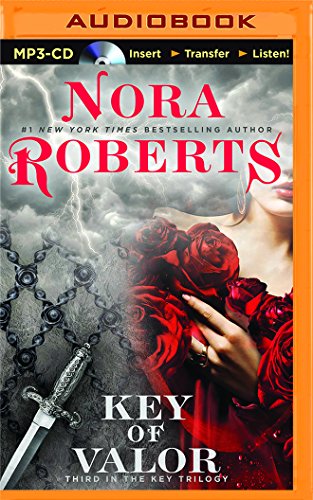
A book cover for Key of Valor (Key Trilogy); Nora Roberts; Romance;